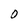
Character: O